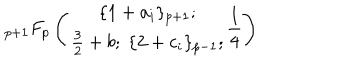
{ } _ { p + 1 } F _ { p } \left( \begin{array} { c } { { \{ 1 + a _ { i } \} _ { p + 1 } ; } } \\ { { \frac { 3 } { 2 } + b ; ~ \{ 2 + c _ { i } \} _ { p - 1 } ; } } \\ \end{array} \frac { 1 } { 4 } \right)